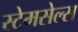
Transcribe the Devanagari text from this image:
स्टेमसेल्स